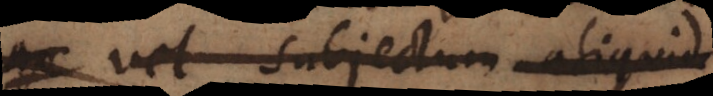
vel subjectum aliquid